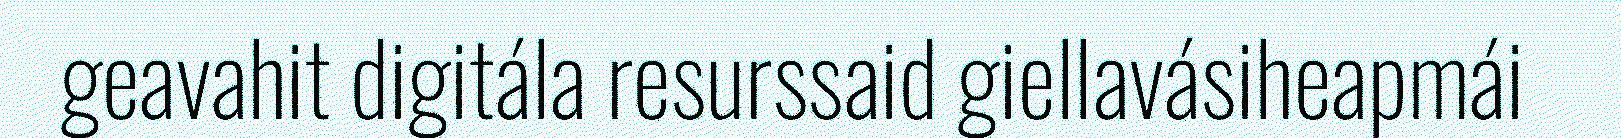
geavahit digitála resurssaid giellavásiheapmái